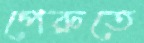
পেরুতে